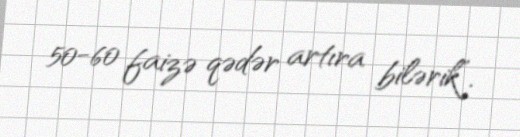
50-60 faizə qədər artıra bilərik”.